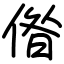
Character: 偺